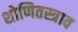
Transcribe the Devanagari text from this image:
शोणितस्त्राव